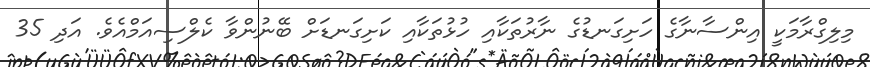
މިލިގްރާމަކީ އިންސާނާގެ ހަށިގަނޑުގެ ނާރުތަކާއި ހުޅުތަކާއި ކަށިގަނޑަށް ބޭނުންވާ ކެލްސިއަމްއެވެ. އަދި 35